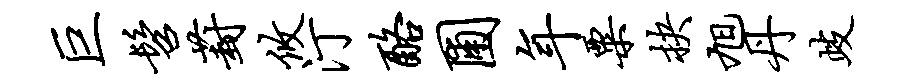
巨髫葑攸汀酪圃年粟抉旭丹歧